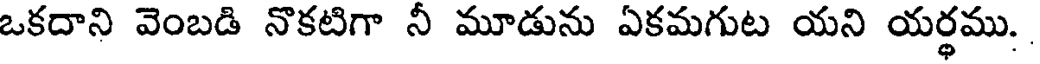
ఒకదాని వెంబడి నొకటిగా నీ మూడును ఏకమగుట యని యర్థము.